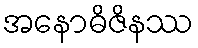
အနောဓိဇိနဿ